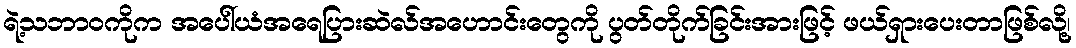
ရဲ့သဘာဝကိုက အပေါ်ယံအရေပြားဆဲလ်အဟောင်းတွေကို ပွတ်တိုက်ခြင်းအားဖြင့် ဖယ်ရှားပေးတာဖြစ်လို့၊